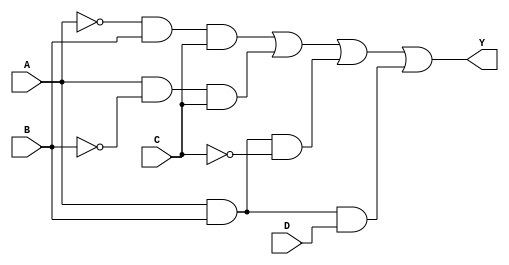
module sop_simplified (
    input wire A,
    input wire B,
    input wire C,
    input wire D,
    output wire Y
);

// Example: Simplified SOP expression
// Y = A'BC + AB'C + ABC' + ABD
// This is just an example, replace it with your actual simplified expression.

wire not_A; 
wire not_B;
wire not_C;
wire not_D;

wire term1; // A'BC
wire term2; // AB'C
wire term3; // ABC'
wire term4; // ABD

// Inverting input signals
not(not_A, A);
not(not_B, B);
not(not_C, C);
not(not_D, D);

// Generating product terms
and(term1, not_A, B, C);   // A'BC
and(term2, A, not_B, C);   // AB'C
and(term3, A, B, not_C);   // ABC'
and(term4, A, B, D);       // ABD

// Summing product terms
or(Y, term1, term2, term3, term4); // Y = A'BC + AB'C + ABC' + ABD

endmodule